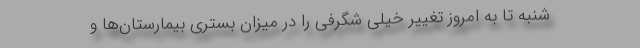
شنبه تا به امروز تغییر خیلی شگرفی را در میزان بستری بیمارستان‌ها و